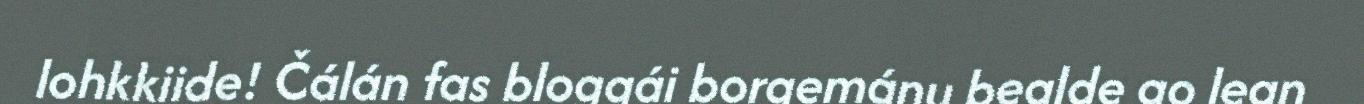
lohkkiide! Čálán fas bloggái borgemánu bealde go lean